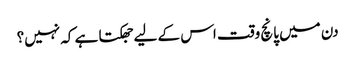
دن میں پانچ وقت اس کے لیے جھکتا ہے کہ نہیں؟